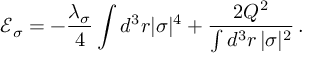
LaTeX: \mathcal { E } _ { \sigma } = - \frac { \lambda _ { \sigma } } { 4 } \int d ^ { 3 } r | \sigma | ^ { 4 } + \frac { 2 Q ^ { 2 } } { \int d ^ { 3 } r \, | \sigma | ^ { 2 } } \, .